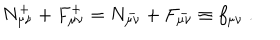
N _ { \mu \nu } ^ { + } + F _ { \mu \nu } ^ { + } = N _ { \mu \nu } ^ { - } + F _ { \mu \nu } ^ { - } \equiv f _ { \mu \nu } \ .